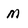
Character: m